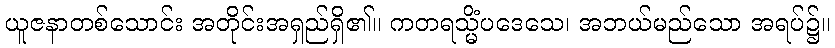
ယူဇနာတစ်သောင်း အတိုင်းအရှည်ရှိ၏။ ကတရသ္မိံပဒေသေ၊ အဘယ်မည်သော အရပ်၌။